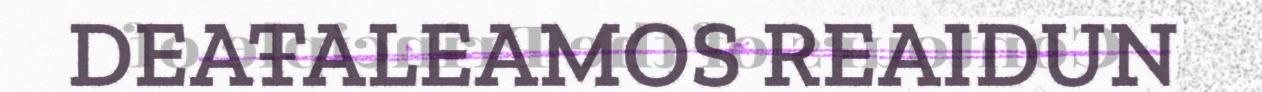
DEAŦALEAMOS REAIDUN